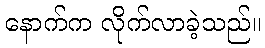
နောက်က လိုက်လာခဲ့သည်။